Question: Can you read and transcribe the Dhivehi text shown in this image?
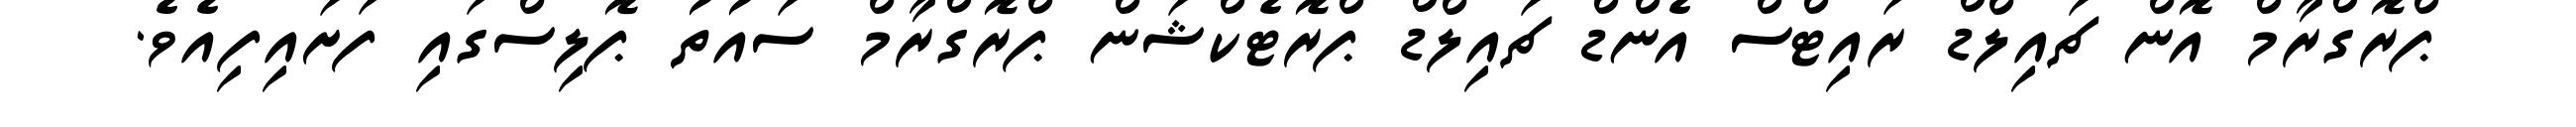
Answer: ޕްރޮގްރާމް އޮން ޗައިލްޑް ރައިޓްސް އެންޑް ޗައިލްޑް ޕްރޮޓެކްޝަން ޕްރޮގްރާމް ސައުތު ޕޮލިސްގައި ފަށައިފިއެވެ.